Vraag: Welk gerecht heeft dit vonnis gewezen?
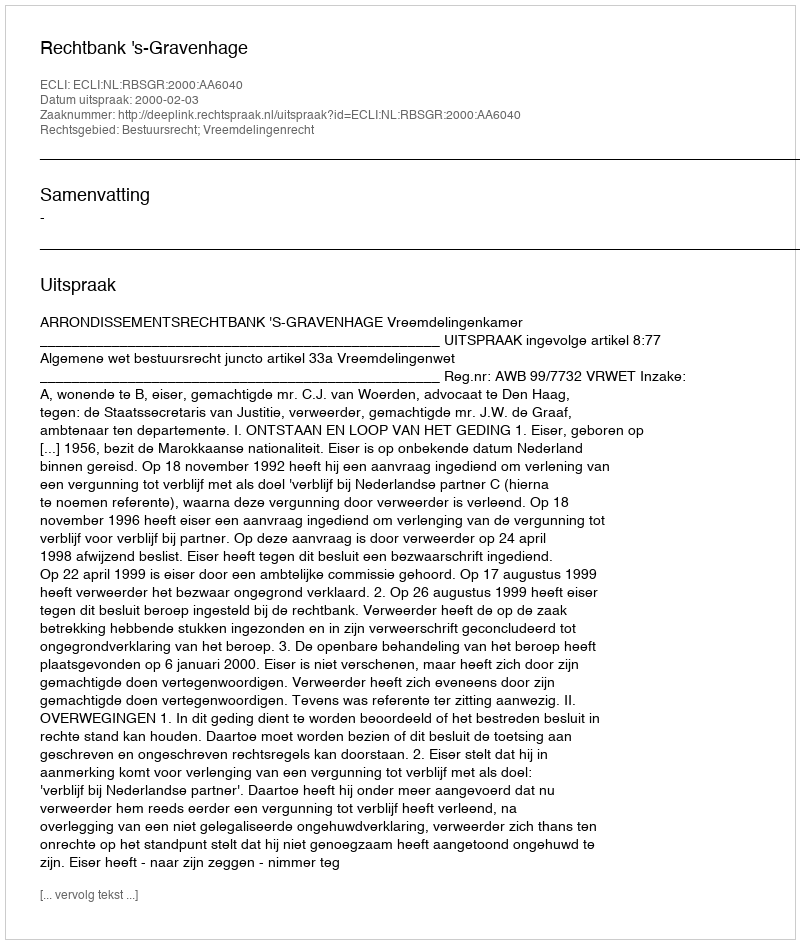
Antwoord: Rechtbank 's-Gravenhage